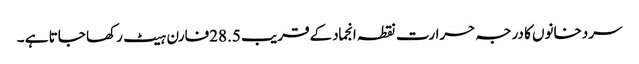
سردخانوں کا درجہ حرارت نقطہ انجمادکے قریب 28.5فارن ہیٹ رکھا جاتا ہے ۔